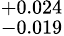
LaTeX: _{-0.019}^{+0.024}